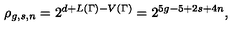
\rho _ { g , s , n } = 2 ^ { d + L ( \Gamma ) - V ( \Gamma ) } = 2 ^ { 5 g - 5 + 2 s + 4 n } ,